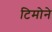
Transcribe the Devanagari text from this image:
टिमोने